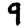
Digit: 9